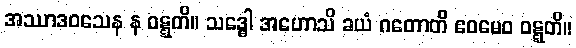
အဿာဒဝသေန န ဝဋ္ဋတိ။ သဒ္ဓေါ အဟောသိ ခယံ ဂတောတိ ဧဝမေဝ ဝဋ္ဋတိ။